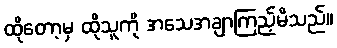
ထိုတော့မှ ထိုသူကို အသေအချာကြည့်မိသည်။